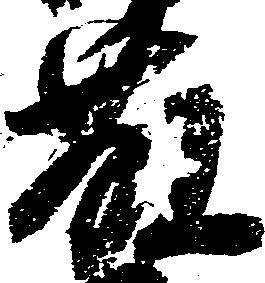
藤